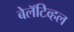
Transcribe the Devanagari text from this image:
बेलॅटिव्हल